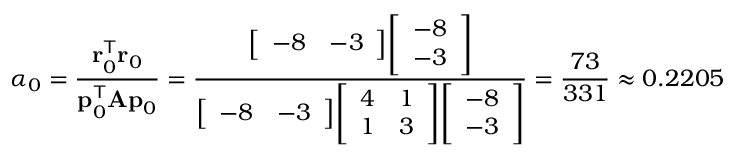
\alpha _ { 0 } = { \frac { \mathbf { r } _ { 0 } ^ { \mathsf { T } } \mathbf { r } _ { 0 } } { \mathbf { p } _ { 0 } ^ { \mathsf { T } } \mathbf { A p } _ { 0 } } } = { \frac { { \left[ \begin{array} { l l } { - 8 } & { - 3 } \end{array} \right] } { \left[ \begin{array} { l } { - 8 } \\ { - 3 } \end{array} \right] } } { { \left[ \begin{array} { l l } { - 8 } & { - 3 } \end{array} \right] } { \left[ \begin{array} { l l } { 4 } & { 1 } \\ { 1 } & { 3 } \end{array} \right] } { \left[ \begin{array} { l } { - 8 } \\ { - 3 } \end{array} \right] } } } = { \frac { 7 3 } { 3 3 1 } } \approx 0 . 2 2 0 5